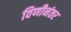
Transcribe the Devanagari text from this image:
विणीनंतर